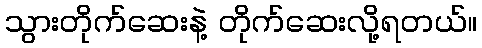
သွားတိုက်ဆေးနဲ့ တိုက်ဆေးလို့ရတယ်။